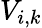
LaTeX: V_{i,k}